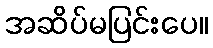
အဆိပ်မပြင်းပေ။